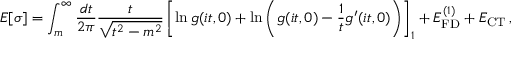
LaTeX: E [ \sigma ] = \int _ { m } ^ { \infty } \frac { d t } { 2 \pi } \frac { t } { \sqrt { t ^ { 2 } - m ^ { 2 } } } \left[ \ln g ( i t , 0 ) + \ln \left( g ( i t , 0 ) - \frac { 1 } { t } g ^ { \prime } ( i t , 0 ) \right) \right] _ { 1 } + E _ { \mathrm { F D } } ^ { ( 1 ) } + E _ { \mathrm { C T } } \, ,